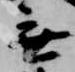
無